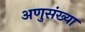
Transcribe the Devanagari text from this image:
अणुसंख्या